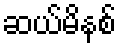
ဆယ်မိနစ်